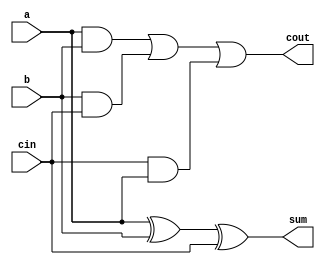
`timescale 1ns / 1ps
//////////////////////////////////////////////////////////////////////////////////
// Company: 
// Engineer: 
// 
// Design Name: 
// Module Name:    two_bit_add 
// Project Name: 
// Target Devices: 
// Tool versions: 
// Description: 
//
// Dependencies: 
//
// Revision: 
// Revision 0.01 - File Created
// Additional Comments: 
//
//////////////////////////////////////////////////////////////////////////////////
module full_adder(a, b, cin, sum, cout
);
input a;
input b;
input cin;
output sum;
wire sum;
output cout;
wire cout;
assign sum = a^b^cin;
assign cout = (a & b) | (b & cin) | (cin & a);
endmodule
module two_bit_add (x, y, z, carry);
input [1:0] x;
input [1:0] y;
output [1:0] z;
wire [1:0] z;
output carry;
wire carry;
wire carry0;
full_adder FA0 (x[0], y[0], 1'b0, z[0], carry0);
full_adder FA1 (x[1], y[1], carry0, z[1], carry);
endmodule